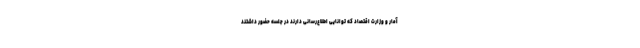
آمار و وزارت اقتصاد که توانایی اطلاع‌رسانی دارند در جلسه حضور داشتند